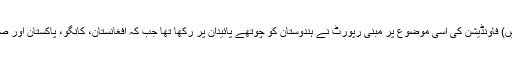
گزشتہ دفعہ (2011 میں) فاؤنڈیشن کی اسی موضوع پر مبنی رپورٹ نے ہندوستان کو چوتھے پائیدان پر رکھا تھا جب کہ افغانستان، کانگو، پاکستان اور صومالیہ سرفہرست تھے۔